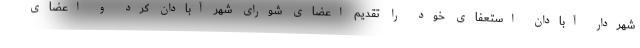
شهردار آبادان استعفای خود را تقدیم اعضای شورای شهر آبادان کرد و اعضای